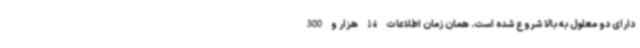
دارای دو معلول به بالا شروع شده است. همان زمان اطلاعات 14 هزار و 300